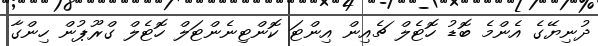
ދުނިޔޭގެ އެންމެ ބޮޑު ހޮޓެލް ޗެއިން އިންޓަ ކޮންޓިނެންޓަލް ހޮޓެލް ގްރޫޕުން ހިންގާ